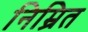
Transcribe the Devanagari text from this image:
निम्रित